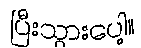
ပြီးသွားပေါ့။